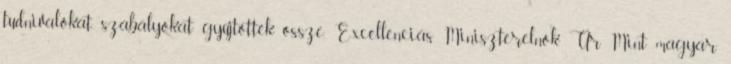
tudnivalókat, szabályokat gyűjtötték össze. Excellenciás Miniszterelnök Úr Mint magyar